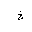
Letter: _kha